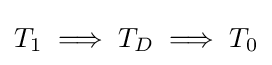
T_{1}\implies T_{D}\implies T_{0}